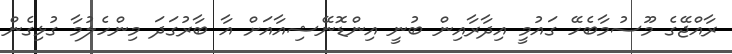
ރާއްޖޭގެ މޫސުމާބެހޭ ގައުމީ އިދާރާއިން ބުނީ އިންޑޮނޭޝިއާއަށް އާ ބާރުގަދަ މިންހެލުމާ ގުޅިގެން